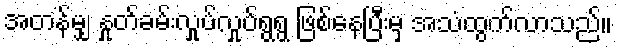
အတန်မျှ နှုတ်ခမ်းလှုပ်လှုပ်ရွရွ ဖြစ်နေပြီးမှ အသံထွက်လာသည်။